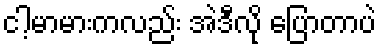
ငါ့မာမားကလည်း အဲဒီလို ပြောတာပဲ